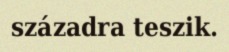
századra teszik.